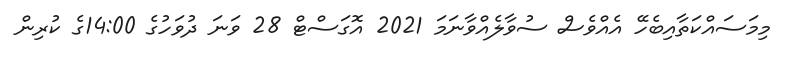
މިމަސައްކަތާއިބެހޭ އެއްވެސް ސުވާލެއްވާނަމަ 2021 އޮގަސްޓް 28 ވަނަ ދުވަހުގެ 14:00ގެ ކުރިން